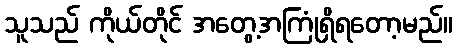
သူသည် ကိုယ်တိုင် အတွေ့အကြုံရှိရတော့မည်။